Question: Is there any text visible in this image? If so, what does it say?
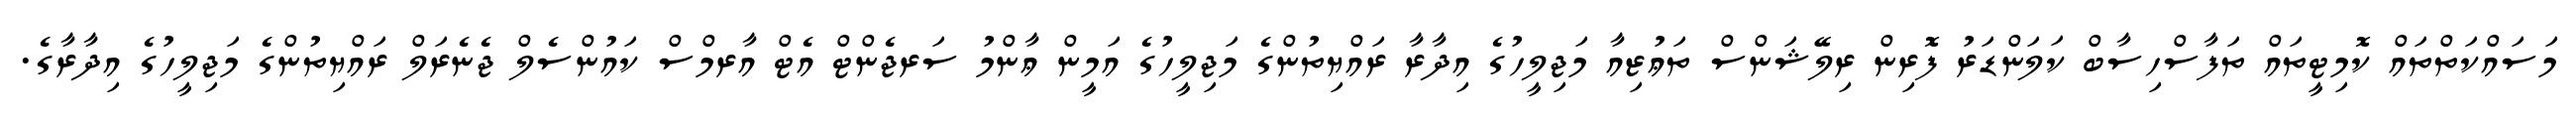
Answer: މަސައްކަތްތައް ކޮމިޓީތައް ތަފާސްހިސާބް ކަލަންޑަރު ފޮރިން ރިލޭޝަންސް ތަޢުޒިއާ މަޖިލީހުގެ އިދާރާ ރައްޔިތުންގެ މަޖިލީހުގެ އަމީން ޢާންމު ސަރޖެންޓް އެޓް އާރމްސް ކައުންސެލް ޖެނެރަލް ރައްޔިތުންގެ މަޖިލީހުގެ އިދާރާގެ.